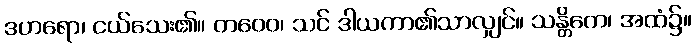
ဒဟရော၊ ငယ်သေး၏။ တဝေဝ၊ သင် ဒါယကာ၏သာလျှင်။ သန္တိကေ၊ အထံ၌။